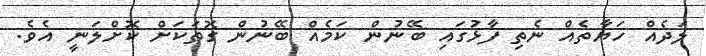
ލަދެއް ހަޔާތެއް ނެތި ފާޅުގައި ބޭނުން ކަމެއް ބޭނުން ގޮތަކަށް ކޮށްލަނީ އެވެ.